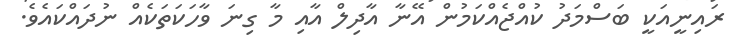
ރައިނީއަކީ ބަސްމަދު ކުއްޖެއްކަމުން އޭނާ އާދިލް އާއި މާ ގިނަ ވާހަކަތަކެއް ނުދައްކައެވެ.